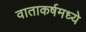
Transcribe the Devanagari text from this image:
वाताकर्षमध्ये